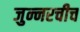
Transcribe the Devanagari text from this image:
जुन्‍नरचीच